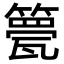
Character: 䉚